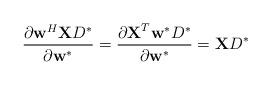
LaTeX: \begin{align*}\frac{\partial \textbf{w}^{H}\textbf{X}D^{*} }{\partial \textbf{w}^*} = \frac{\partial \textbf{X}^T \textbf{w}^*D^{*} }{\partial \textbf{w}^*} = \textbf{X}D^*\end{align*}